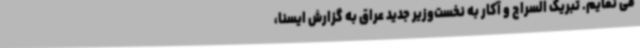
می نمایم. تبریک السراج و آکار به نخست‌وزیر جدید عراق به گزارش ایسنا،